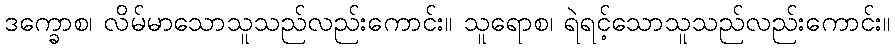
ဒက္ခောစ၊ လိမ်မာသောသူသည်လည်းကောင်း။ သူရောစ၊ ရဲရင့်သောသူသည်လည်းကောင်း။